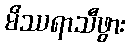
မိဿရာသီဖွား